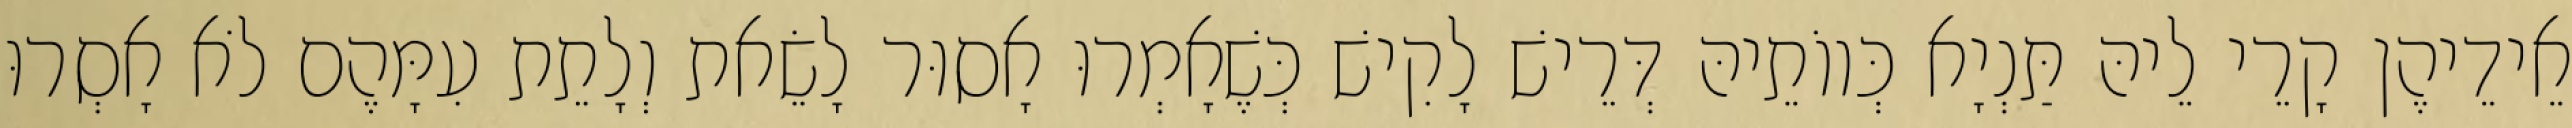
אֵידֵיהֶן קָרֵי לֵיהּ תַּנְיָא כְּווֹתֵיהּ דְּרֵישׁ לָקִישׁ כְּשֶׁאָמְרוּ אָסוּר לָשֵׂאת וְלָתֵת עִמָּהֶם לֹא אָסְרוּ